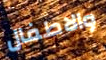
والاطفال